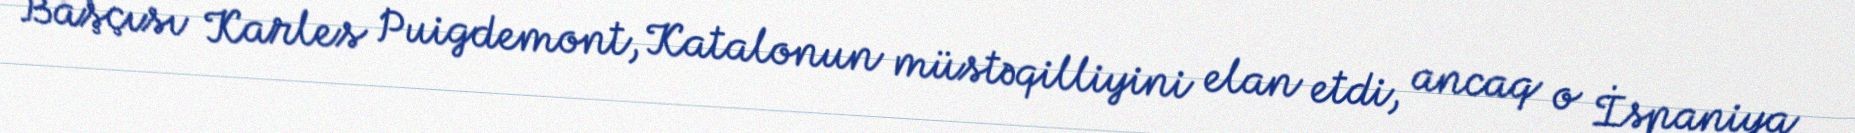
Başçısı Karles Puigdemont, Katalonun müstəqilliyini elan etdi, ancaq o İspaniya